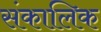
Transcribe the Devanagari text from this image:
संकालिक